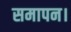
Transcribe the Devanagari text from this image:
समापन।